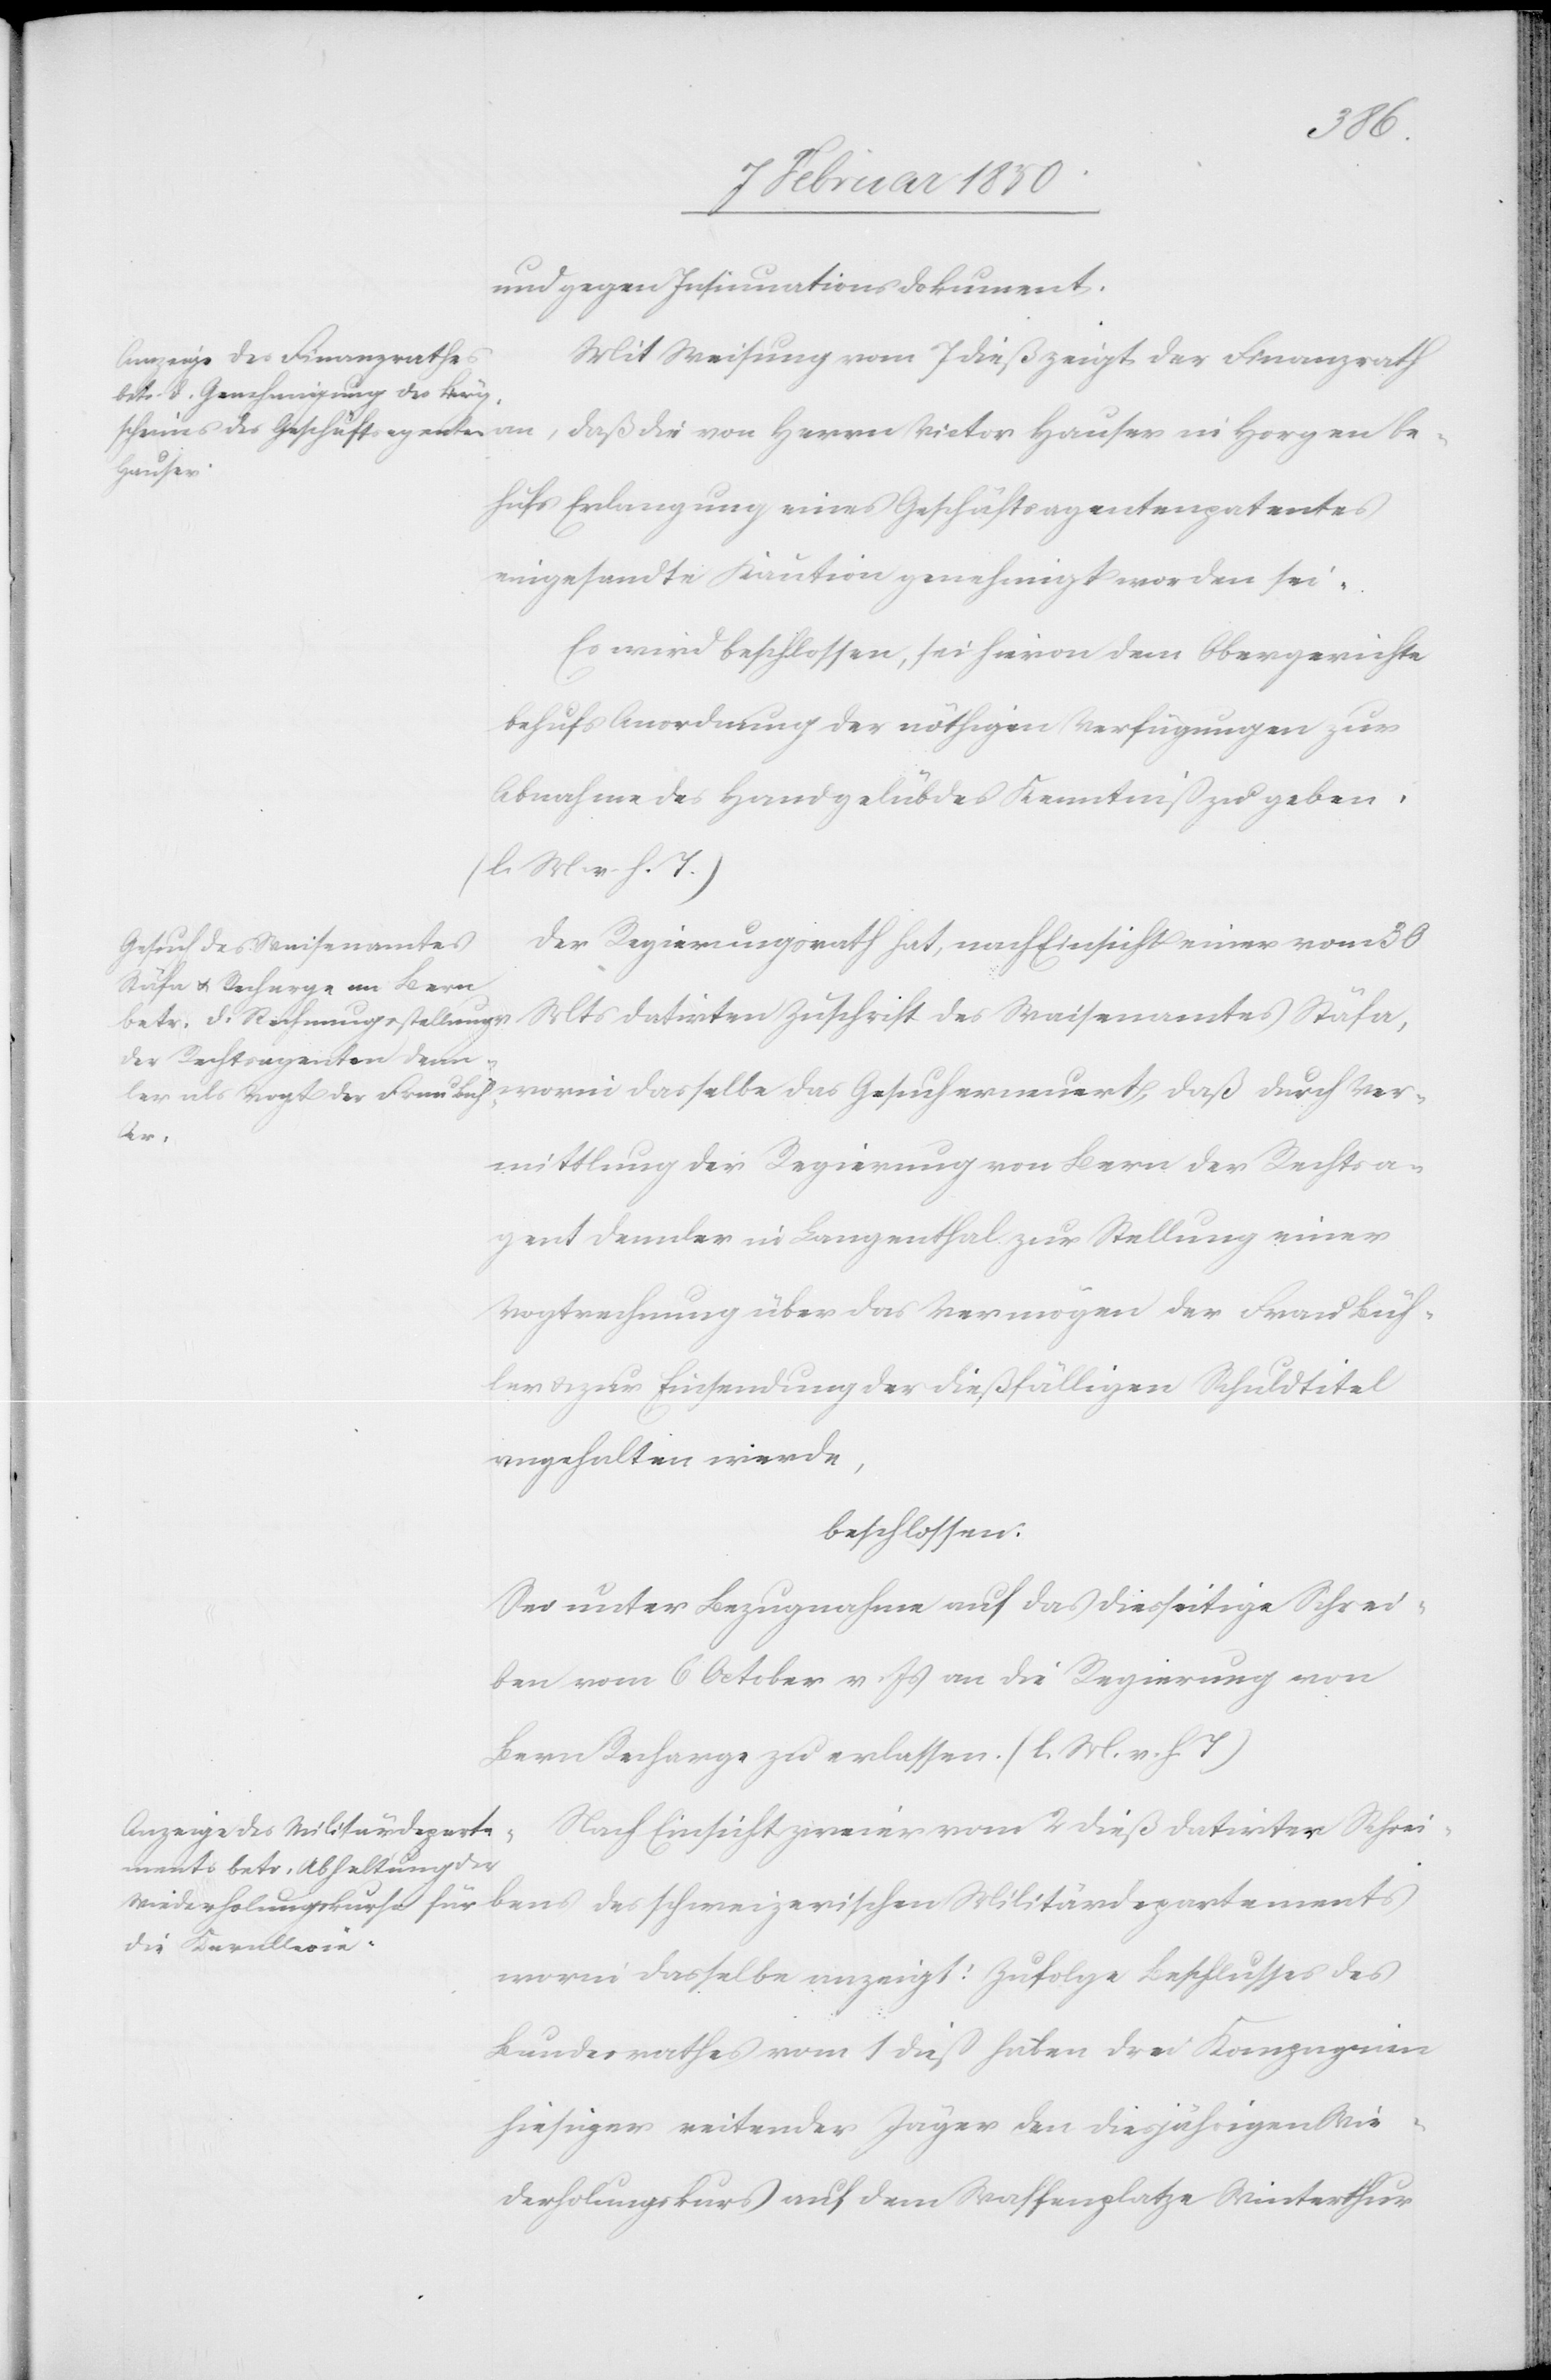
und gegen Insinuationsdokument.
Mit Weisung vom 7 dieß zeigt der Finanzrath
Hauser
hufs Erlangung eines Geschäftsagentenpatentes
eingesandte Kaution genehmigt worden sei.
Es wird beschlossen, sei hievon dem Obergerichte
behufs Anordnung der nöthigen Verfügungen zur
Abnahme des Handgelübdes Kenntniß zu geben.
(l. M. v. h. T.)
Der Regierungsrath hat, nach Einsicht einer vom 30
Zuschrift des Waisenamtes
ben
mittlung der Regierung von Bern der Rechtsa¬
gent Dennler in Langenthal zur Stellung einer
Vogtrechnung über das Vermögen der Frau Büh¬
ler u. zur Einsendung der dießfälligen Schuldtitel
angehalten werde,
beschlossen:
Sei unter Bezugnahme auf das diesseitige Schrei¬
ben vom 6 October v. Js an die Regierung von
Bern Recharge zu erlassen. (l. M. v. h. T.)
Nach Einsicht zweier vom 2 dieß datirter Schrei¬
worin dasselbe anzeigt: Zufolge Beschlusses des
Bundesrathes vom 1 dieß haben drei Kompagnien
hiesiger reitender Jäger den diesjährigen Wie¬
derholungskurs auf dem Waffenplatze Winterthur